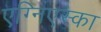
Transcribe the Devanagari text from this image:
एग्निएस्का